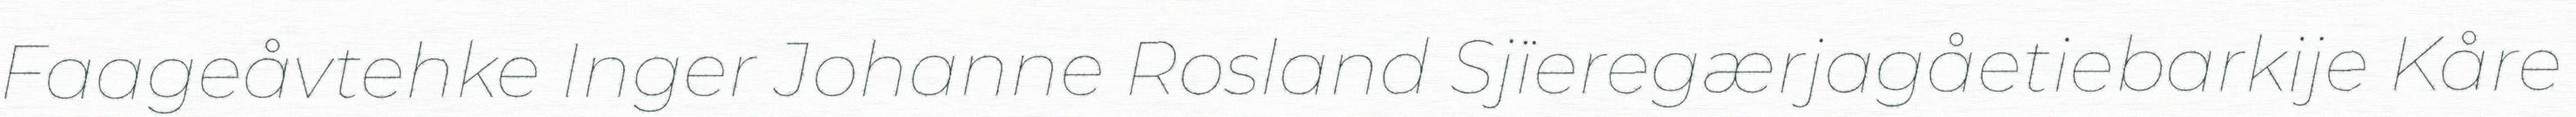
Faageåvtehke Inger Johanne Rosland Sjïeregærjagåetiebarkije Kåre